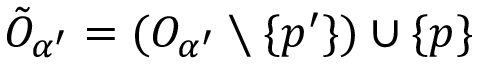
\tilde { O } _ { \alpha ^ { \prime } } = ( O _ { \alpha ^ { \prime } } \setminus \{ p ^ { \prime } \} ) \cup \{ p \}